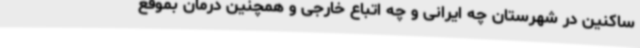
ساکنین در شهرستان چه ایرانی و چه اتباع خارجی و همچنین درمان بموقع